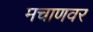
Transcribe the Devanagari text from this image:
मचाणवर